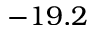
- 1 9 . 2